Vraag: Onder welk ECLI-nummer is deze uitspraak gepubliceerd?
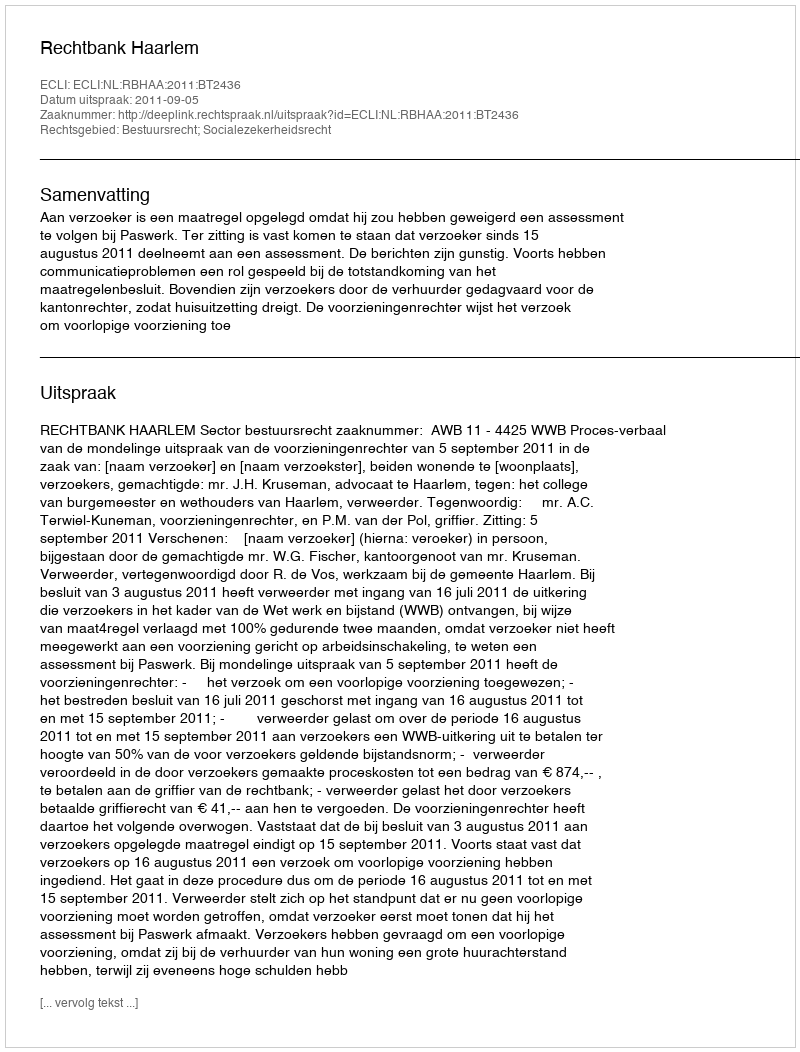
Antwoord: ECLI:NL:RBHAA:2011:BT2436